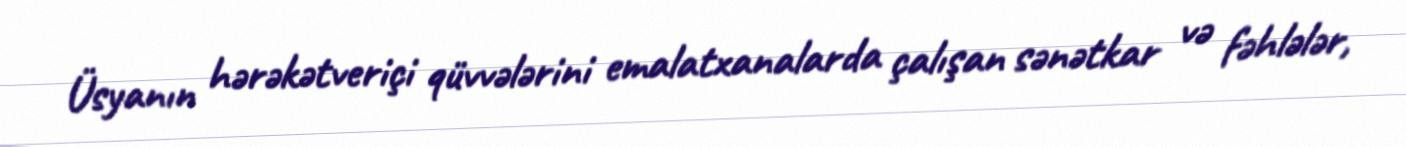
Üsyanın hərəkətveriçi qüvvələrini emalatxanalarda çalışan sənətkar və fəhlələr,